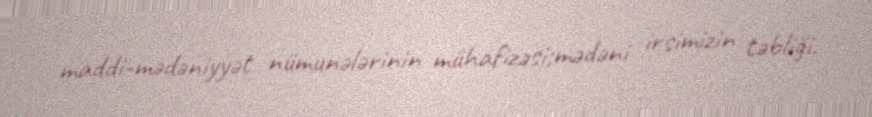
maddi-mədəniyyət nümunələrinin mühafizəsi;mədəni irsimizin təbliği.